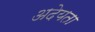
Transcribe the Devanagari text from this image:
अदेयता